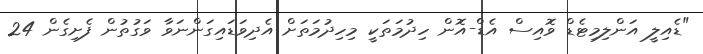
"ޑެއިލީ އަންލިމިޓެޑް ވޮއިސް އެޑް-އޮން ހިދުމަތަކީ މިހިދުމަތަށް އެދިވަޑައިގަންނަވާ ވަގުތުން ފެށިގެން 24